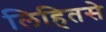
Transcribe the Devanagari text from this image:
लिहितसे